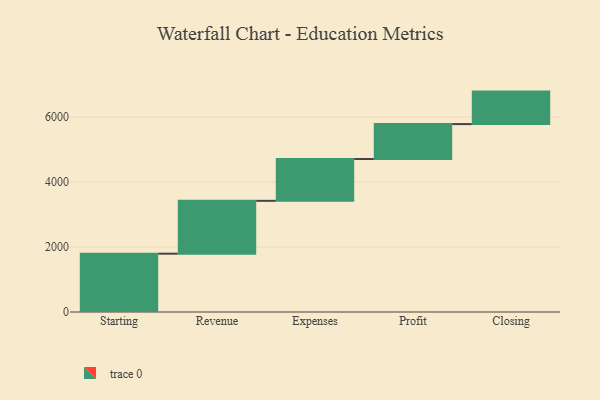
{"axis": {"x": "Step", "y": "Value"}, "legend": [""], "data": [{"x": "Starting", "y": 1795.0, "type": ""}, {"x": "Revenue", "y": 1627.0, "type": ""}, {"x": "Expenses", "y": 1287.0, "type": ""}, {"x": "Profit", "y": 1075.0, "type": ""}, {"x": "Closing", "y": 1000, "type": ""}]}